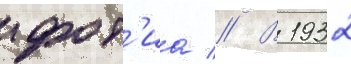
фот'иа // В 1932